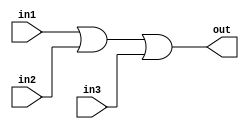
/*
    CS/ECE 552 Spring '23
    Homework #1, Problem 1

    3 input OR
*/
`default_nettype none
module or3 (out,in1,in2,in3);
    output wire out;
    input wire in1,in2,in3;
    assign out = (in1 | in2 | in3);
endmodule
`default_nettype wire